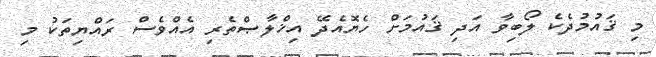
މި ޤައުމުދެކެ ލޯބިވާ އަދި ޤައުމަށް ހެޔޮއެދޭ އިޚްލާޞްތެރި އެއްވެސް ރައްޔިތަކު މި